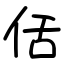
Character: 佸